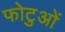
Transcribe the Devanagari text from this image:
फोटुओं